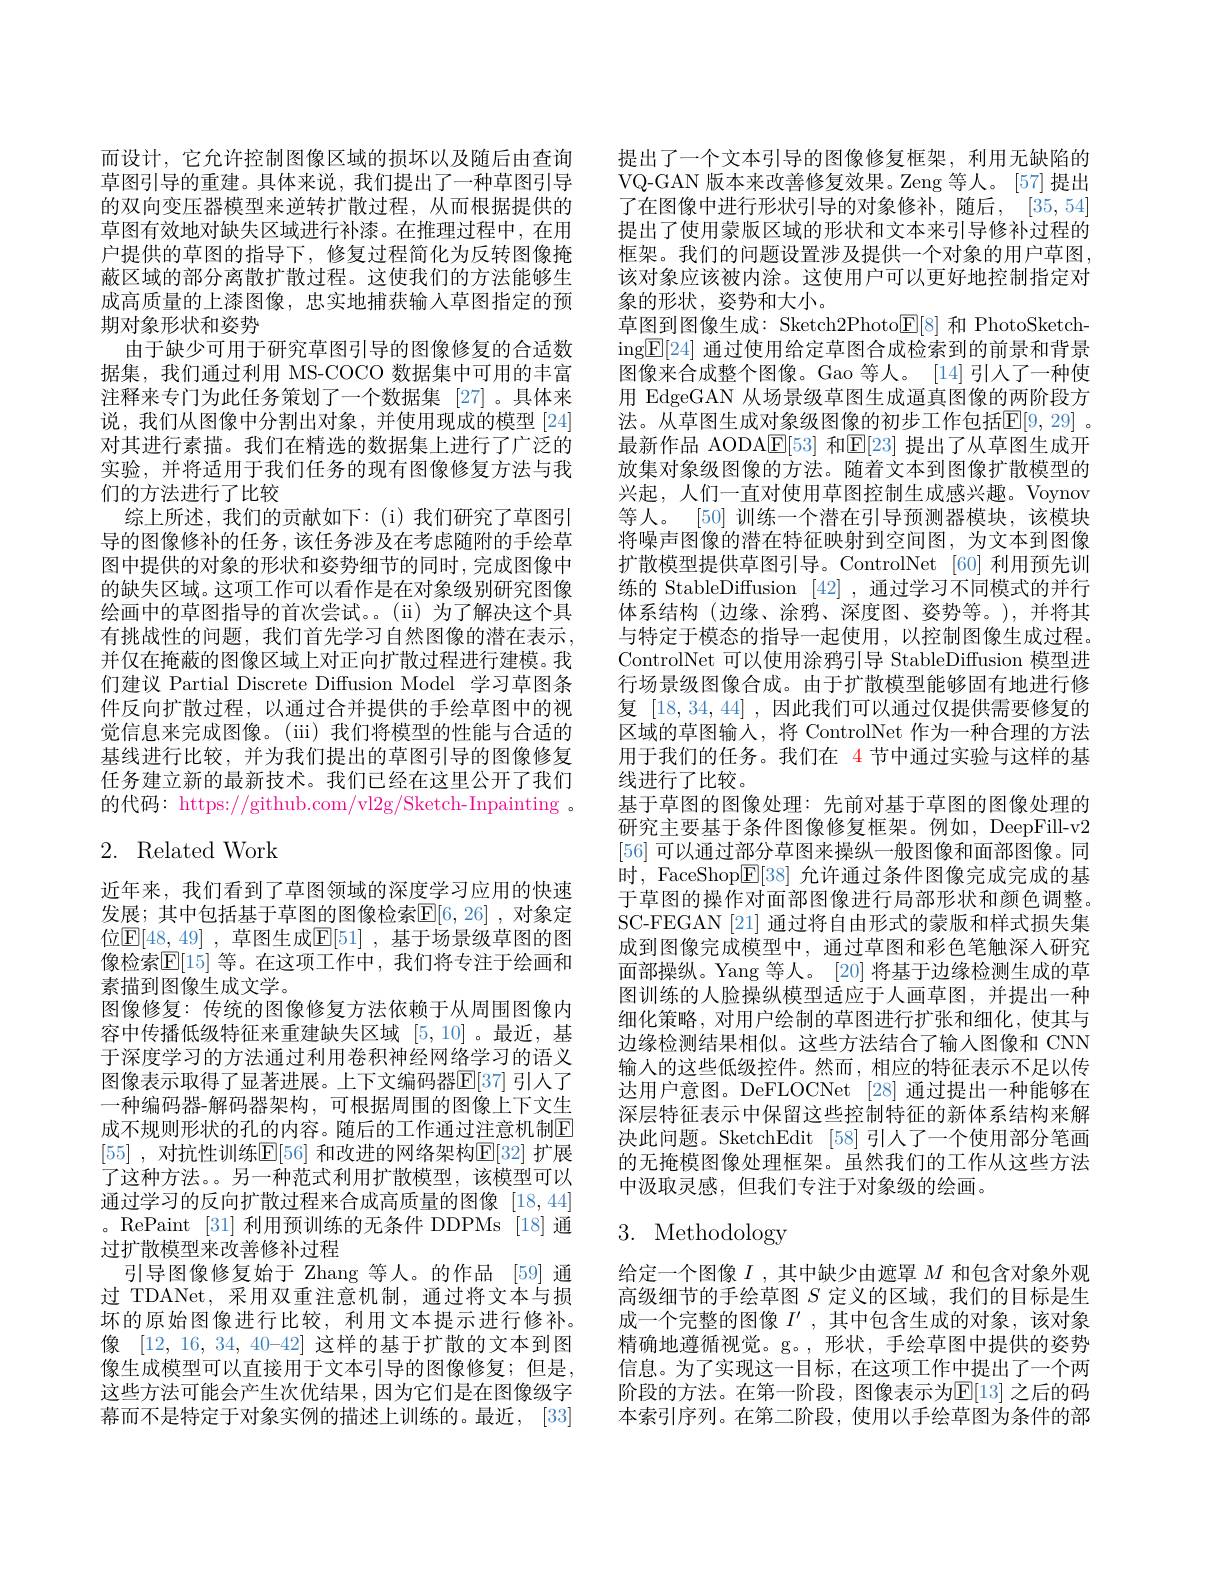
而设计，它允许控制图像区域的损坏以及随后由查询草图引导的重建。具体来说，我们提出了一种草图引导的双向变压器模型来逆转扩散过程，从而根据提供的草图有效地对缺失区域进行补漆。在推理过程中，在用户提供的草图的指导下，修复过程简化为反转图像掩蔽区域的部分离散扩散过程。这使我们的方法能够生成高质量的上漆图像，忠实地捕获输入草图指定的预期对象形状和姿势
由于缺少可用于研究草图引导的图像修复的合适数据集，我们通过利用 MS-COCO 数据集中可用的丰富注释来专门为此任务策划了一个数据集 [27]。具体来说，我们从图像中分割出对象，并使用现成的模型[24] 对其进行素描。我们在精选的数据集上进行了广泛的实验，并将适用于我们任务的现有图像修复方法与我们的方法进行了比较
综上所述，我们的贡献如下：(i)我们研究了草图引导的图像修补的任务，该任务涉及在考虑随附的手绘草图中提供的对象的形状和姿势细节的同时，完成图像中的缺失区域。这项工作可以看作是在对象级别研究图像绘画中的草图指导的首次尝试。(ii)为了解决这个具有挑战性的问题，我们首先学习自然图像的潜在表示， 并仅在掩蔽的图像区域上对正向扩散过程进行建模。我们建议 Partial Discrete Diffusion Model 学习草图条件反向扩散过程，以通过合并提供的手绘草图中的视觉信息来完成图像。(iii)我们将模型的性能与合适的基线进行比较，并为我们提出的草图引导的图像修复任务建立新的最新技术。我们已经在这里公开了我们的代码：https://github.com/vl2g/Sketch-Inpainting 。

# 2. Related Work

近年来，我们看到了草图领域的深度学习应用的快速发展；其中包括基于草图的图像检索$\mathbb{E}[6,26]$ ,对象定位$\mathbb{E} [ 48, 49]$ , 草图生成$\mathbb{E} [ 51]$ , 基于场景级草图的图像检索$\overline{\mathbb{E}}[15]$ 等。在这项工作中，我们将专注于绘画和素描到图像生成文学。
图像修复：传统的图像修复方法依赖于从周围图像内容中传播低级特征来重建缺失区域[5,10] 。最近，基于深度学习的方法通过利用卷积神经网络学习的语义图像表示取得了显著进展。上下文编码器$\mathbb{E}[37]$ 引人了一种编码器-解码器架构，可根据周围的图像上下文生成不规则形状的孔的内容。随后的工作通过注意机制$\mathbb{E}$ [55] , 对抗性训练$\mathbb{E} [ 56]$ 和改进的网络架构$\mathbb{E}[32]$ 扩展了这种方法。另一种范式利用扩散模型，该模型可以通过学习的反向扩散过程来合成高质量的图像 [18,44] 。RePaint [31] 利用预训练的无条件 DDPMs [18]通过扩散模型来改善修补过程
引导图像修复始于 Zhang 等人。的作品 [59] 通过 TDANet,采用双重注意机制，通过将文本与损坏的原始图像进行比较，利用文本提示进行修补。像[12,16,34, 40-42] 这样的基于扩散的文本到图像生成模型可以直接用于文本引导的图像修复；但是， 这些方法可能会产生次优结果，因为它们是在图像级字幕而不是特定于对象实例的描述上训练的。最近，[33]

提出了一个文本引导的图像修复框架，利用无缺陷的VQ-GAN 版本来改善修复效果。Zeng 等人。[57] 提出了在图像中进行形状引导的对象修补，随后，[35,54] 提出了使用蒙版区域的形状和文本来引导修补过程的框架。我们的问题设置涉及提供一个对象的用户草图， 该对象应该被内涂。这使用户可以更好地控制指定对象的形状，姿势和大小。
草图到图像生成：Sketch2Photo$\boxed{\mathbb{E}}[8]$和 PhotoSketching$\boxed{\mathrm{E}}[24]$通过使用给定草图合成检索到的前景和背景图像来合成整个图像。Gao 等人。[14]引入了一种使用 EdgeGAN 从场景级草图生成通真图像的两阶段方法。从草图生成对象级图像的初步工作包括$\mathbb{E}[9,29]$ 。最新作品 AODAE[53] 和E[23] 提出了从草图生成开放集对象级图像的方法。随着文本到图像扩散模型的兴起，人们一直对使用草图控制生成感兴趣。Voynov 等人。[50] 训练一个潜在引导预测器模块，该模块将噪声图像的潜在特征映射到空间图，为文本到图像扩散模型提供草图引导。ControlNet [60] 利用预先训练的 StableDiffusion [42],通过学习不同模式的并行体系结构 (边缘、涂鸦、深度图、姿势等。),并将其与特定于模态的指导一起使用，以控制图像生成过程。ControlNet 可以使用涂鸦引导 StableDiffusion 模型进行场景级图像合成。由于扩散模型能够固有地进行修复[18,34,44] ,因此我们可以通过仅提供需要修复的区域的草图输入，将 ControlNet 作为一种合理的方法用于我们的任务。我们在 4 节中通过实验与这样的基线进行了比较。
基于草图的图像处理：先前对基于草图的图像处理的研究主要基于条件图像修复框架。例如，DeepFill-v2 [56]可以通过部分草图来操纵一般图像和面部图像。同时，FaceShop$\boxed{\mathrm{E}}[38]$允许通过条件图像完成完成的基于草图的操作对面部图像进行局部形状和颜色调整。SC-FEGAN [21] 通过将自由形式的蒙版和样式损失集成到图像完成模型中，通过草图和彩色笔触深人研究面部操纵。Yang 等人。[20] 将基于边缘检测生成的草图训练的人脸操纵模型适应于人画草图，并提出一种细化策略，对用户绘制的草图进行扩张和细化，使其与边缘检测结果相似。这些方法结合了输人图像和 CNN 输入的这些低级控件。然而，相应的特征表示不足以传达用户意图。DeFLOCNet [28] 通过提出一种能够在深层特征表示中保留这些控制特征的新体系结构来解决此问题。SketchEdit [58]引人了一个使用部分笔画的无掩模图像处理框架。虽然我们的工作从这些方法中汲取灵感，但我们专注于对象级的绘画。

# 3. Methodology

给定一个图像$I$ ,其中缺少由遮罩$M$和包含对象外观高级细节的手绘草图$S$定义的区域，我们的目标是生成一个完整的图像$I^{\prime}$,其中包含生成的对象，该对象精确地遵循视觉。g。,形状，手绘草图中提供的姿势信息。为了实现这一目标，在这项工作中提出了一个两阶段的方法。在第一阶段，图像表示为$\mathbb{E}[13]$ 之后的码本索引序列。在第二阶段，使用以手绘草图为条件的部